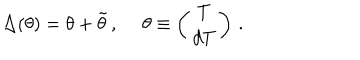
\Delta ( \theta ) = \theta + \tilde { \theta } \, , \ \theta \equiv \left( \begin{array} { c } { { T } } \\ { { d T } } \\ \end{array} \right) \, .